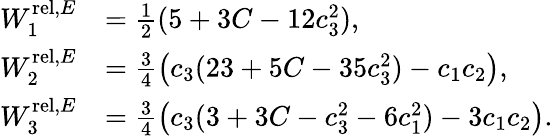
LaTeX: \begin{array}{rl}{W_{1}^{\mathrm{rel},E}}&{=\frac 12(5+3C-12c_{3}^{2}),}\\ {W_{2}^{\mathrm{rel},E}}&{=\frac 34\big(c_{3}(23+5C-35c_{3}^{2})-c_{1}c_{2}\big),}\\ {W_{3}^{\mathrm{rel},E}}&{=\frac 34\big(c_{3}(3+3C-c_{3}^{2}-6c_{1}^{2})-3c_{1}c_{2}\big).}\end{array}